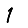
Digit: 1